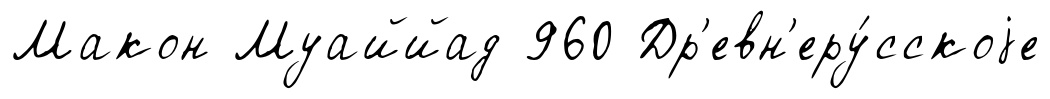
Макон Муаййад 960 Др'евн'еру́сскоjе